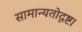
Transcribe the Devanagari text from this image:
सामान्यतोदृष्ट।